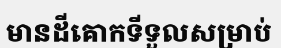
មានដីគោកទីទួលសម្រាប់